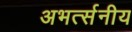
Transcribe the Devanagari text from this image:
अभर्त्सनीय